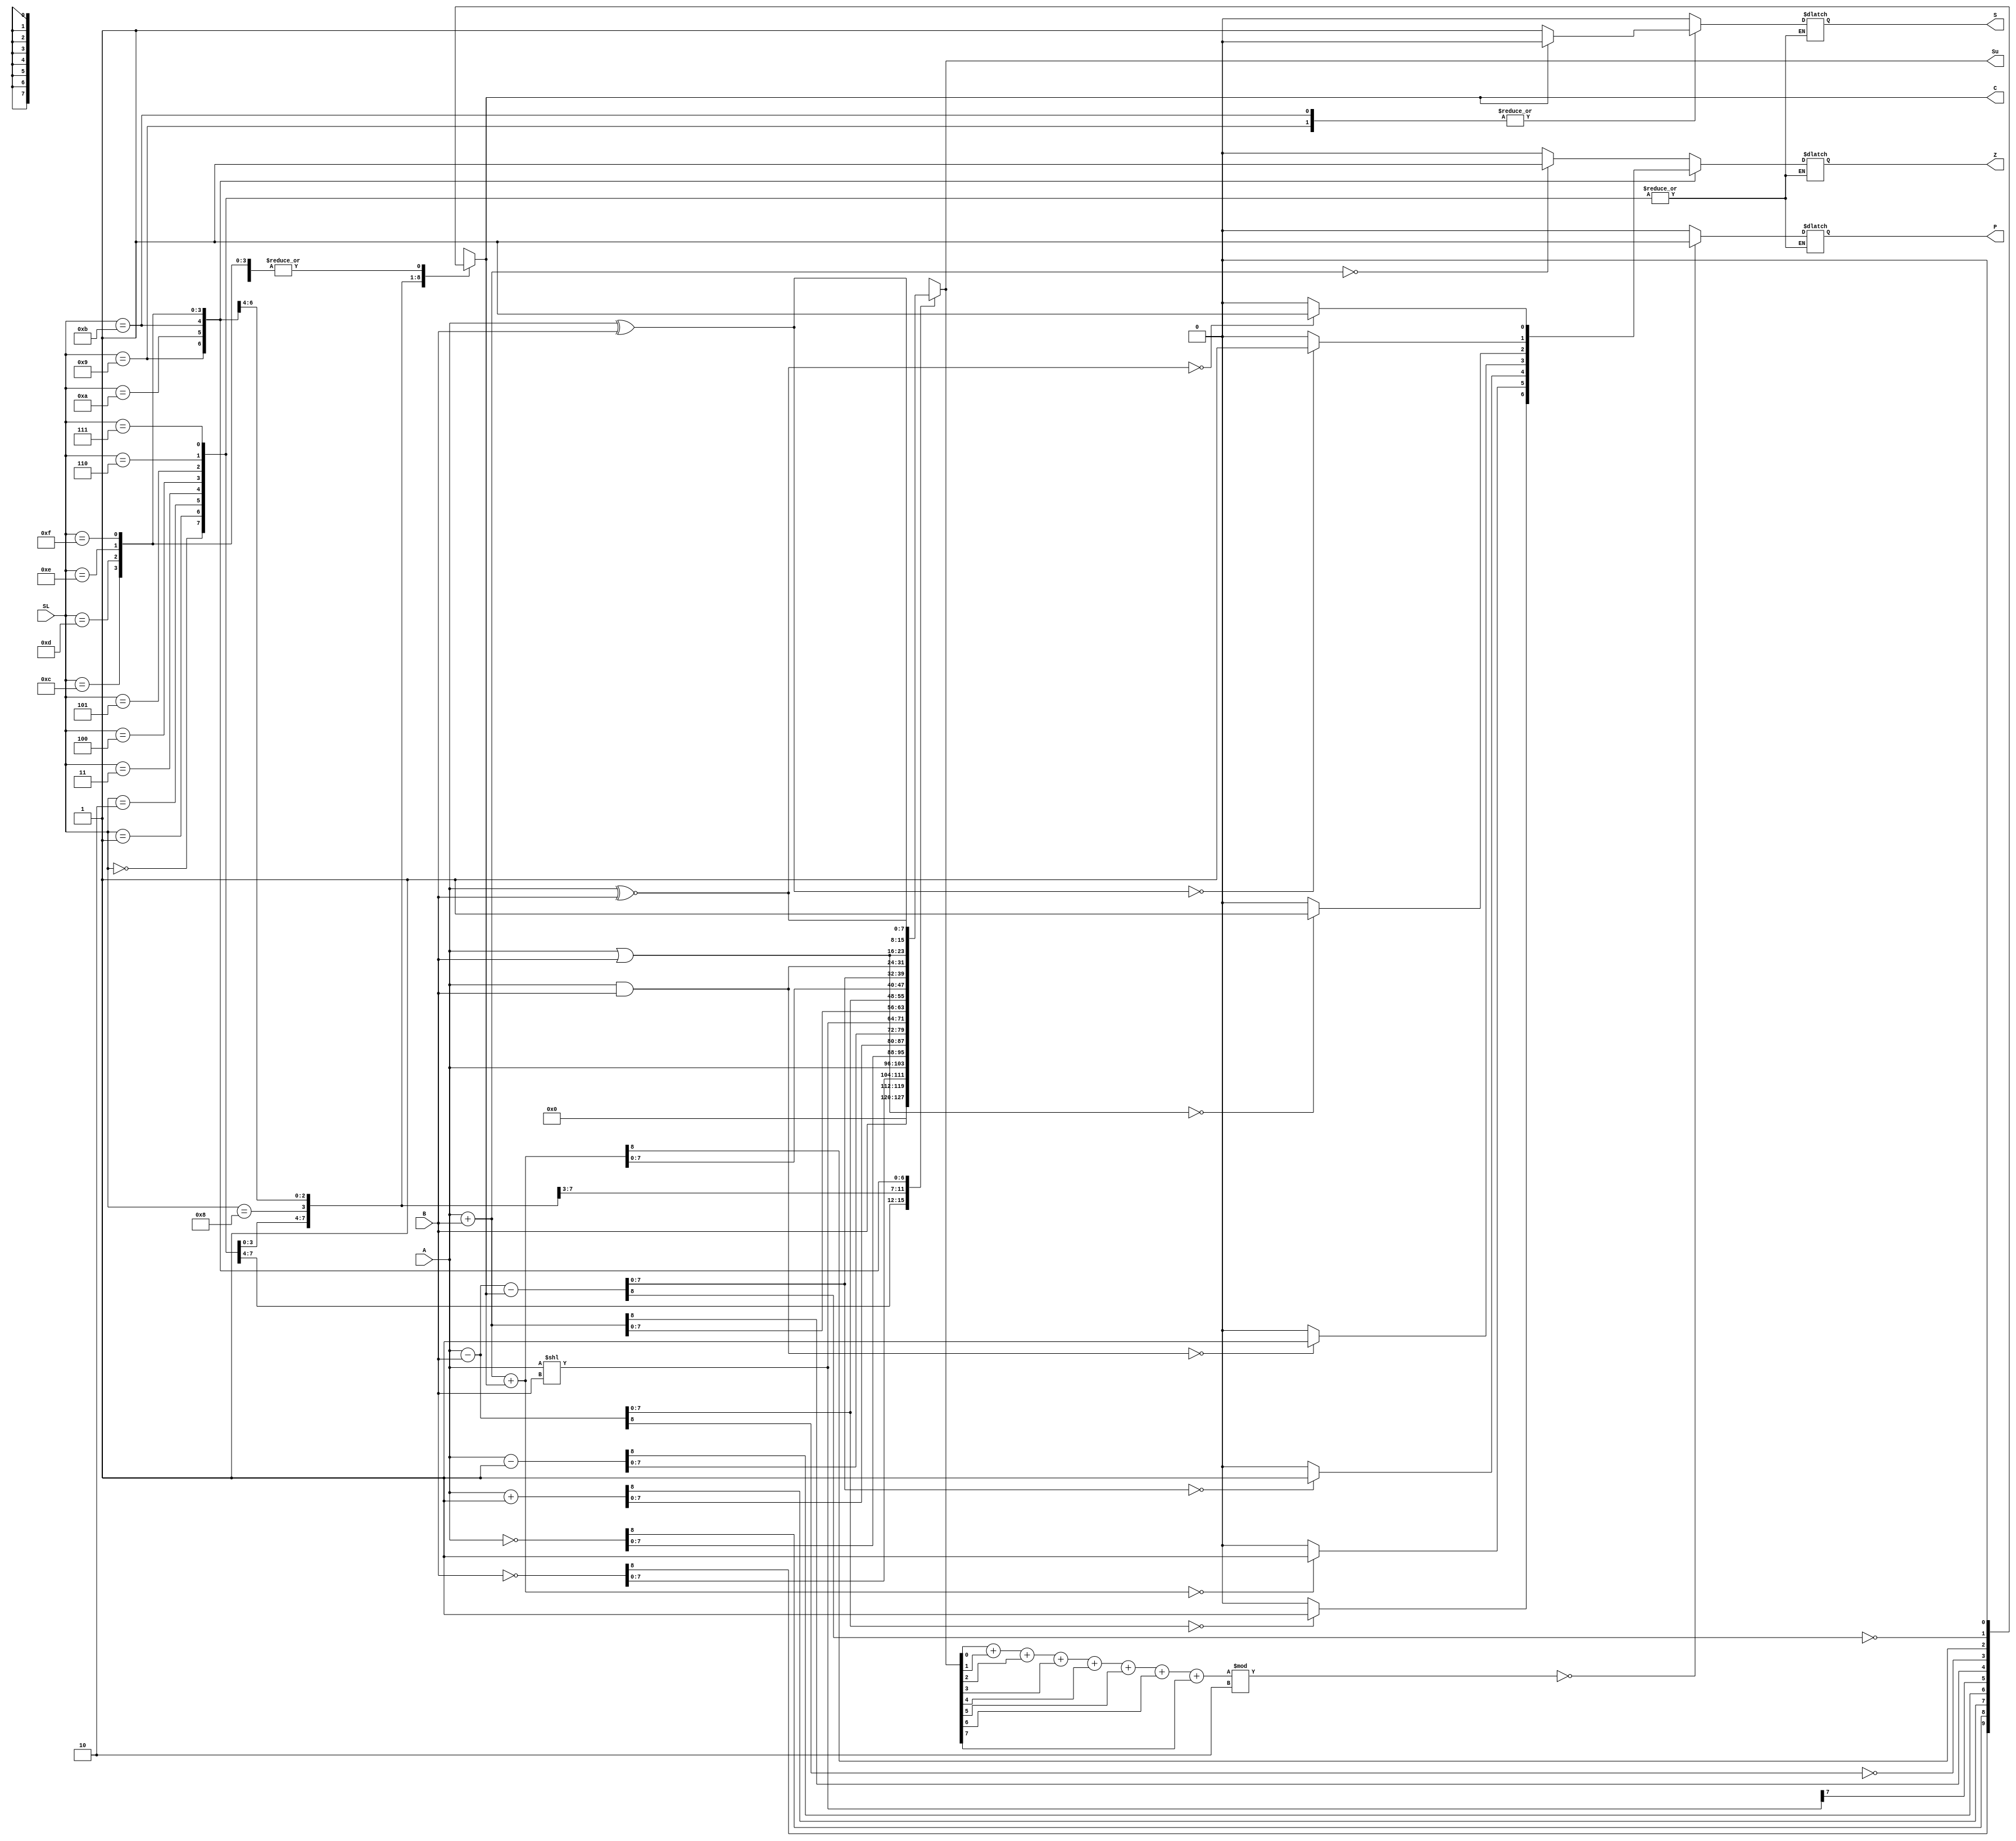
module alu(
           A, B, SL, Su, C, Z, S, P 
  );
    
    input [7:0] A;
    input [7:0] B;                  
    input [3:0] SL;
    output [7:0] Su;
    output C;
    output Z;
    output S;
    output P;
   
    reg [8:0] Result; 
    reg Sholder;
    reg Zholder;
    reg Pholder;
    wire [2:0] Ptmp;
    assign Ptmp = Result[0] + Result[1] + Result[2] + Result[3] + Result[4] + Result[5] + Result[6] + Result[7];   
    assign S = Sholder;
    assign P = Pholder;
    assign Su = Result[7:0];
    assign C = Result[8];
    assign Z = Zholder;
    
    always @(*)
    begin
        case(SL)
        4'b0000:
           begin
           Result=9'b00000000;
           end 
        4'b0001:
           begin
           Result = B;
           end
        4'b0010: 
           begin
           Result = ~B;
           end
        4'b0011: 
           begin
           Result = A;
           end
        4'b0100:
           begin
           Result = ~A;
           end
         4'b0101: 
           begin 
           Result = A+1;
           end
         4'b0110:
           begin
           Result = A-1;
           end
         4'b0111: 
           begin
           Result = A<<B;
           Result[8]=Result[7];
           end
          4'b1000:  
           begin
           Result = A + B;
           Sholder=1'b0;
           Zholder=(Result==9'b0000000000)?1:0;
           Pholder=(Ptmp%2==0)?1:0; //assuming even parity bit
           end
          4'b1001: 
           begin
           Result = A - B;
           Result[8]=~Result[8];
           Sholder=(C==0)?1:0;
           Zholder=(Result[7:0]==8'b000000000)?1:0;
           Pholder=(Ptmp%2==0)?1:0; //assuming even parity bit
           end
          4'b1010:  
           begin
           Result = A + B + C;
           Sholder=1'b0;
           Zholder=(Result==9'b000000000)?1:0;
           Pholder=(Ptmp%2==0)?1:0; //assuming even parity bit
           end
          4'b1011:
           begin
           Result = A-B-C;
           Result[8]=~Result [8];
           Sholder=(C==0)?1:0;
           Zholder=(Result[7:0]==8'b000000000)?1:0;
           Pholder=(Ptmp%2==0)?1:0; //assuming even parity bit
           end
          4'b1100: 
           begin
           Result = A & B;
           Sholder=1'b0;
           Result[8]=1'b0;
           Zholder=(Result[7:0]==8'b000000000)?1:0;
           Pholder=(Ptmp%2==0)?1:0; //assuming even parity bit
           end
          4'b1101:
           begin
           Result = A | B;
           Sholder=1'b0;
           Result[8]=1'b0;
           Zholder=(Result[7:0]==8'b000000000)?1:0;
           Pholder=(Ptmp%2==0)?1:0; //assuming even parity bit
           end
          4'b1110: 
           begin
           Result = A^B;
           Result[8]=1'b0;
           Sholder=1'b0;
           Zholder=(Result[7:0]==8'b000000000)?1:0;
           Pholder=(Ptmp%2==0)?1:0; //assuming even parity bit
           end
          4'b1111:  
            begin
            Result = A~^B;
            Result[8]=1'b0;
            Sholder=1'b0;
            Zholder=(Result[7:0]==8'b000000000)?1:0;
            Pholder=(Ptmp%2==0)?1:0; //assuming even parity bit
            end

        endcase
    end

endmodule